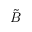
\tilde { B }